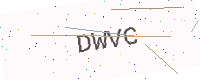
Text: DWVC